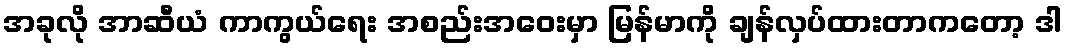
အခုလို အာဆီယံ ကာကွယ်ရေး အစည်းအဝေးမှာ မြန်မာကို ချန်လှပ်ထားတာကတော့ ဒါ